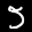
Label: 5